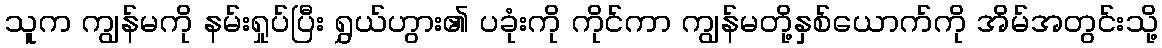
သူက ကျွန်မကို နမ်းရှုပ်ပြီး ရွှယ်ဟွား၏ ပခုံးကို ကိုင်ကာ ကျွန်မတို့နှစ်ယောက်ကို အိမ်အတွင်းသို့